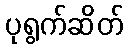
ပုရွက်ဆိတ်